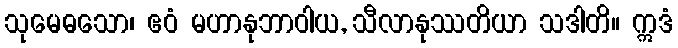
သုမေဓသော၊ ဧဝံ မဟာနုဘာဝါယ, သီလာနုဿတိယာ သဒါတိ။ ဣဒံ